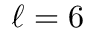
\ell = 6